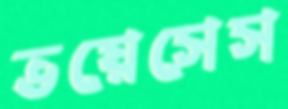
ভয়েসেস